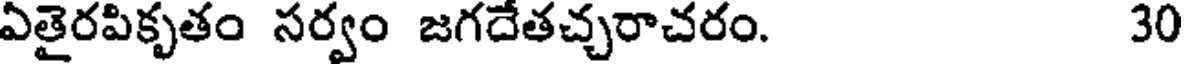
ఏతైరపికృతం సర్వం జగదేతచ్చరాచరం. 30